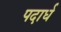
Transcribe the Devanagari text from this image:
पदार्ध